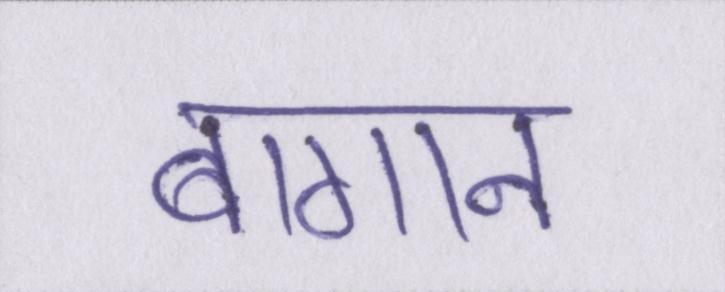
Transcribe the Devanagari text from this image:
बागान